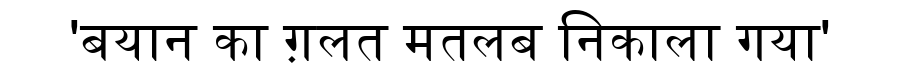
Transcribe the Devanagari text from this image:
'बयान का ग़लत मतलब निकाला गया'